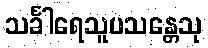
သင်္ခါရေသူပသန္တေသု